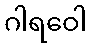
ဂါရဝေါ